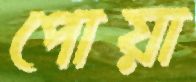
পোয়া